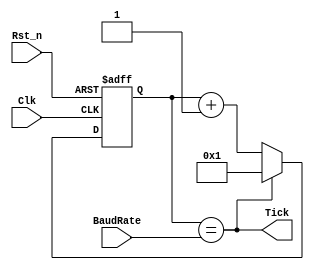

module UART_BaudRate_generator(
    Clk,
    Rst_n ,
    Tick,
    BaudRate
    );

input           Clk;
input           Rst_n ; 
input [15:0]    BaudRate ; 
output          Tick ;
reg [15:0]      baudRateReg ; 


always @(posedge Clk or negedge Rst_n)
    if (!Rst_n) baudRateReg <= 16'b1;
    else if (Tick) baudRateReg <= 16'b1;
         else baudRateReg <= baudRateReg + 1'b1;

assign Tick = (baudRateReg == BaudRate);
endmodule